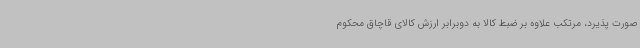
صورت پذیرد، مرتکب علاوه بر ضبط کالا به دوبرابر ارزش کالای قاچاق محکوم